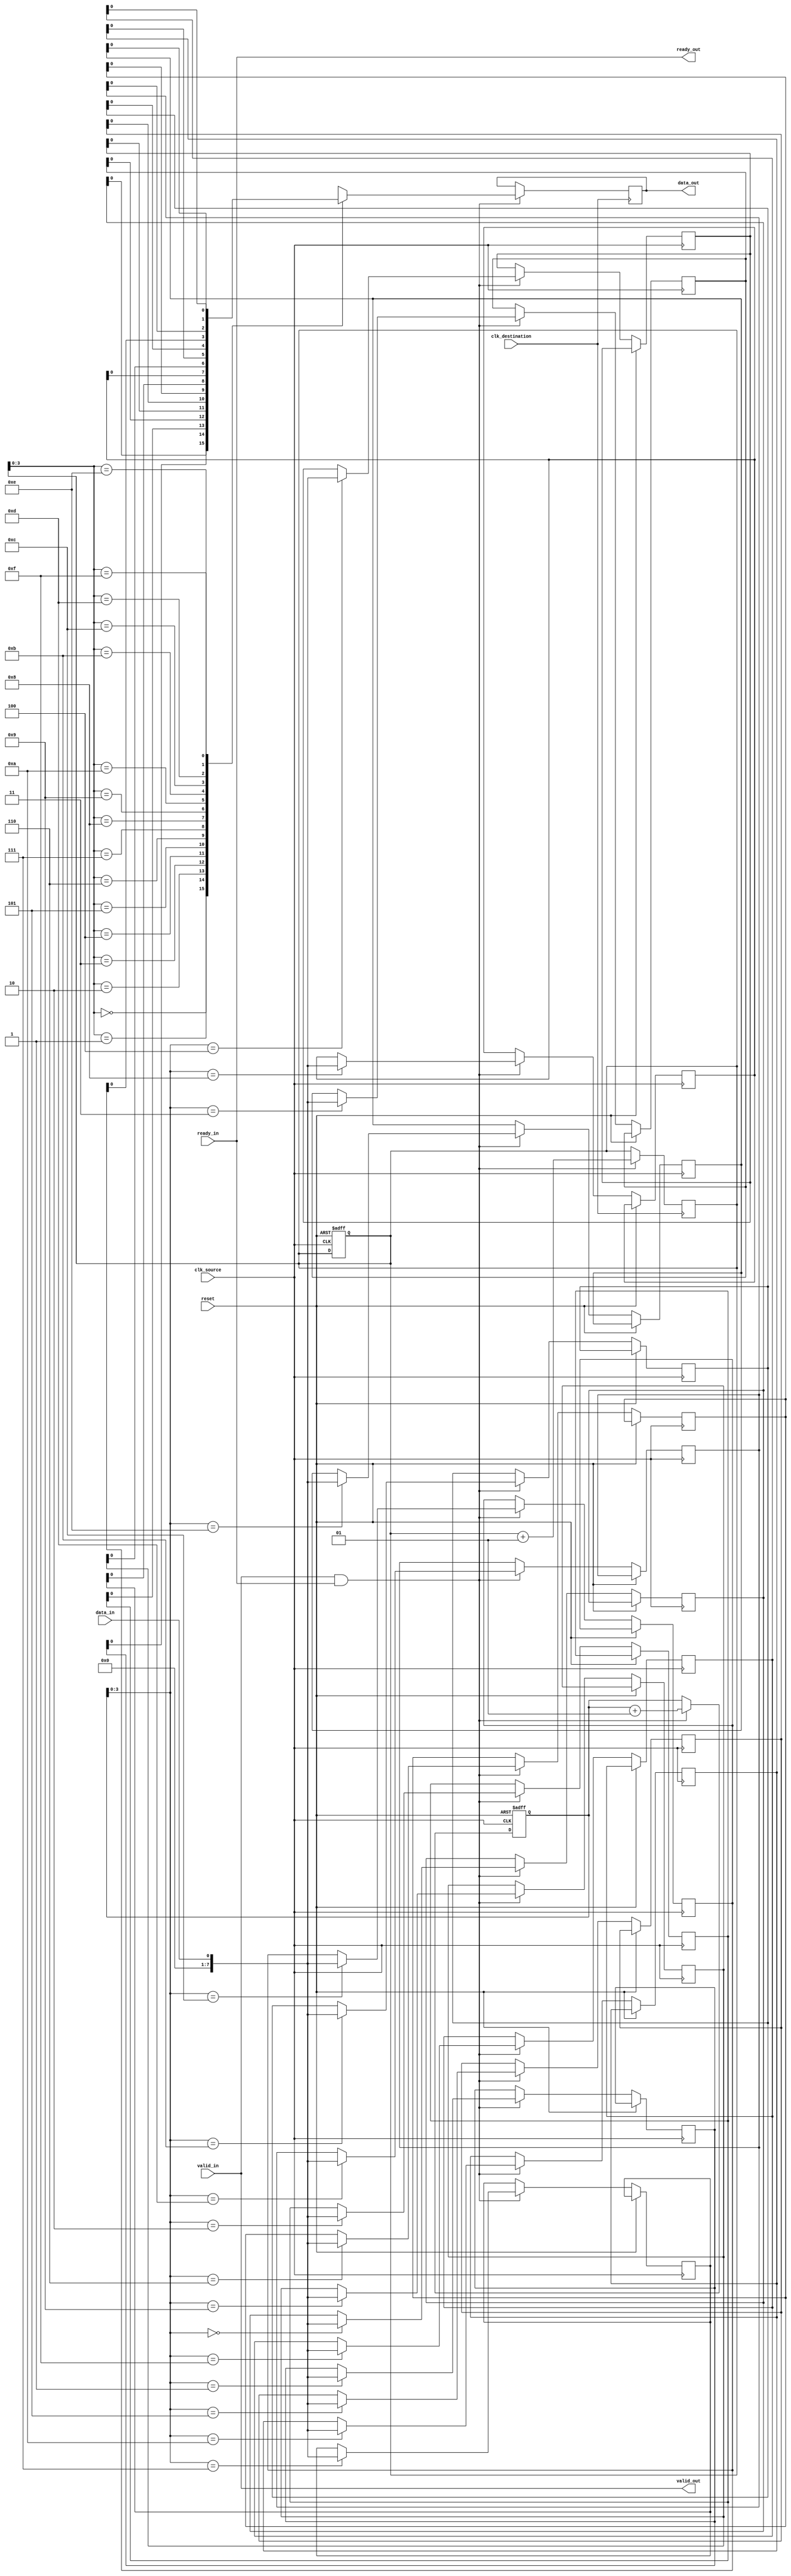
module Burst_Synchronizer (
    input wire clk_source,
    input wire clk_destination,
    input wire reset,
    input wire data_in,
    output reg data_out,
    input wire valid_in,
    output reg valid_out,
    input wire ready_in,
    output reg ready_out
);

reg [7:0] fifo_buffer [0:15];

integer read_ptr = 0;
integer write_ptr = 0;

always @(posedge clk_source or posedge reset)
begin
    if (reset)
    begin
        read_ptr <= 0;
        write_ptr <= 0;
    end
    else if (valid_in && ready_out)
    begin
        fifo_buffer[write_ptr] <= data_in;
        write_ptr <= write_ptr + 1;
    end
end

always @(posedge clk_destination)
begin
    if (valid_out && ready_in)
    begin
        data_out <= fifo_buffer[read_ptr];
        read_ptr <= read_ptr + 1;
    end
end

assign valid_out = valid_in;
assign ready_in = ready_out;

endmodule